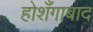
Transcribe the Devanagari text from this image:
होशँगाबाद